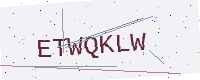
Text: ETWQKLW